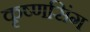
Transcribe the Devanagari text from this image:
कृष्णसिंग